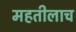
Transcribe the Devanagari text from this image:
महतीलाच